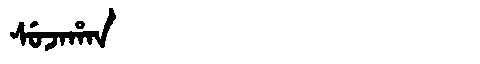
Manchu: ᠰᡠᠵᠠᡥᠠᠨ
Romanization: SUJAHAN